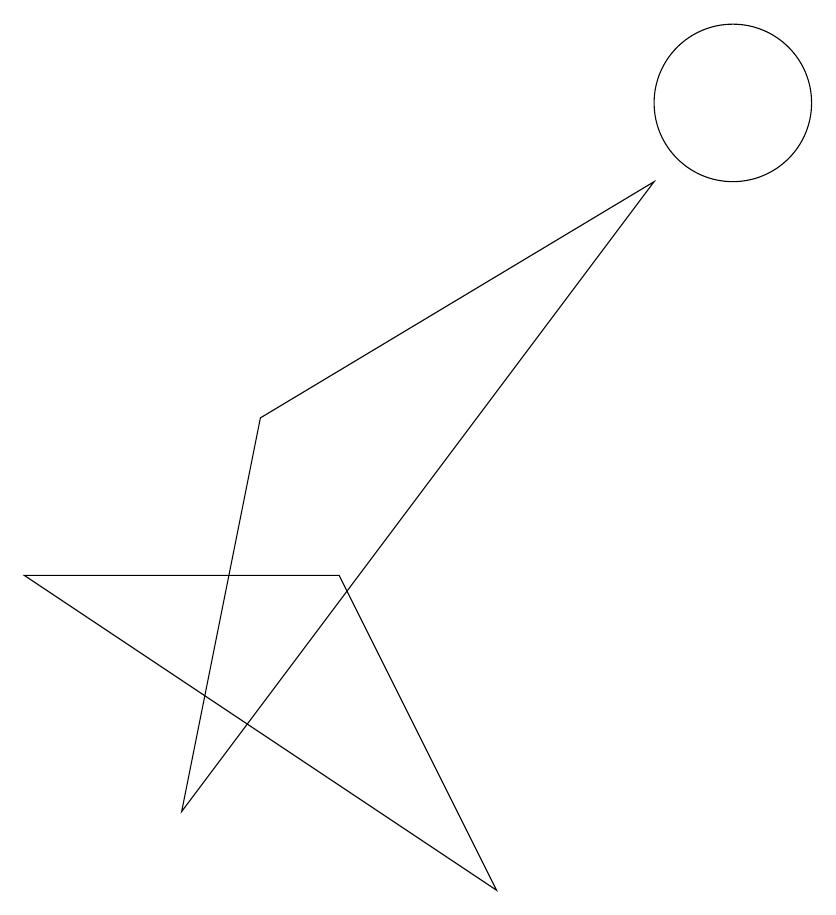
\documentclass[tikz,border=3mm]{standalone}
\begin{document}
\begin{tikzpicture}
\draw (10,10) circle (1);
\draw (7,0) -- (5,4) -- (1,4) -- cycle;
\draw (9,9) -- (4,6) -- (3,1) -- cycle;
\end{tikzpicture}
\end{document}